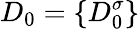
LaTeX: D_{0}=\{ D_{0}^{\sigma}\}